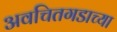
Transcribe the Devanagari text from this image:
अवचितगडाच्या